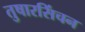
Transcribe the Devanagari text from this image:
तुषारसिंचन